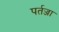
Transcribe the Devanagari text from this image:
पर्तज्जा